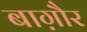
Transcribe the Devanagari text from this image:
बाग़ौर